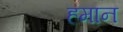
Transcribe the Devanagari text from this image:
हमान